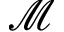
\mathcal { M }